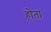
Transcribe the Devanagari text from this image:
होेता